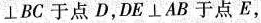
⊥BC于点D，DE \bot AB于点E，